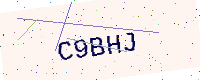
Text: C9BHJ